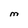
Character: M